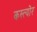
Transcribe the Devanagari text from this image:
कस्त्योर